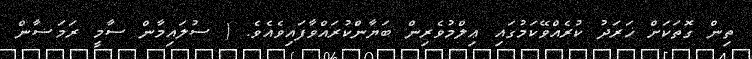
ތިން ގޮތަކަށް ޚަރަދު ކުރެއްވޭކަމުގައި ޢިލްމުވެރިން ބަޔާންކުރައްވާފައިވެއެވެ. ( ސުލައިމާން ސާމީ ރަމަޟާން